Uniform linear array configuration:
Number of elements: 8
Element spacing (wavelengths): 0.5
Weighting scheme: exponential
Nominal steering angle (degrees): -30
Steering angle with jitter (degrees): -29.337
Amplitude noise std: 0.05
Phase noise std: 0.05

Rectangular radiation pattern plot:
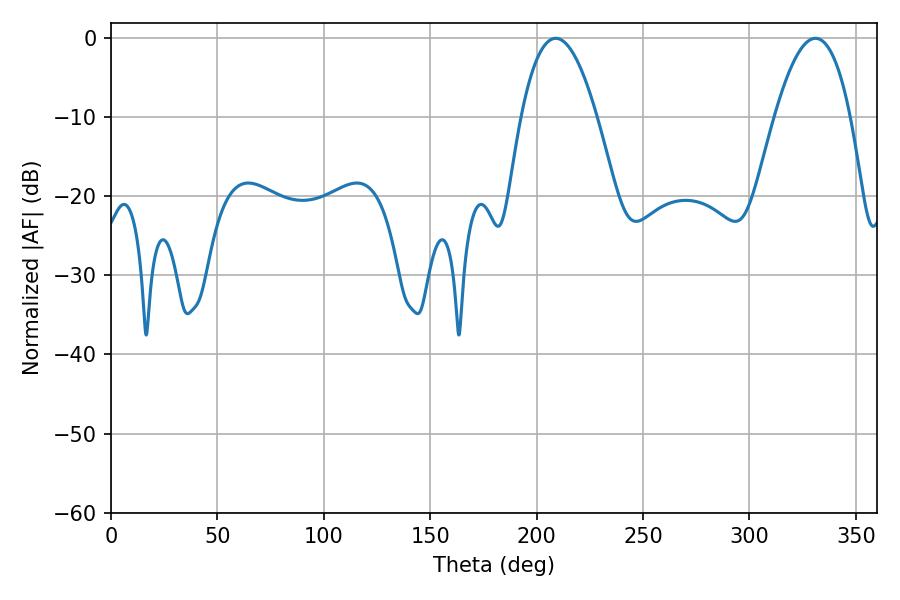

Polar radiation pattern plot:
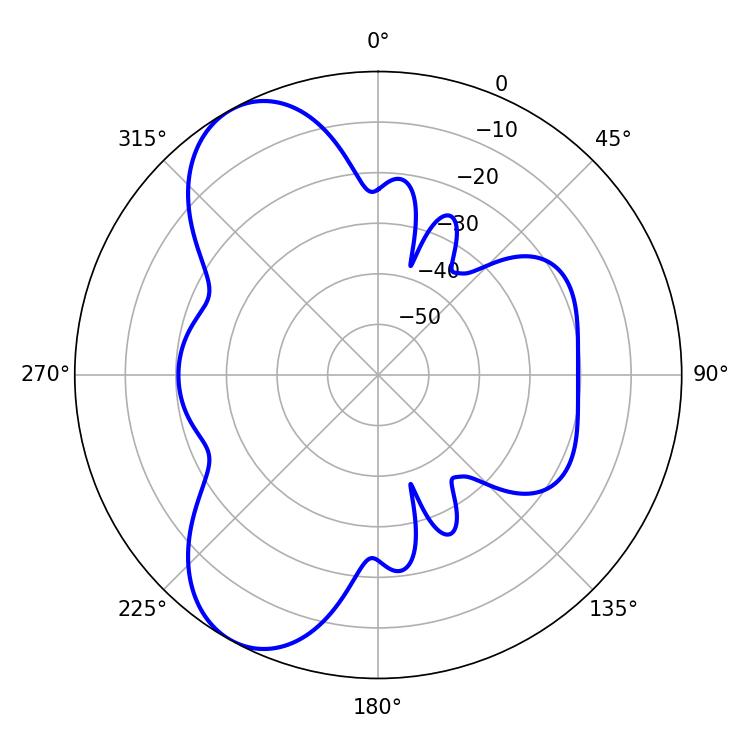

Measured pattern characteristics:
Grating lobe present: FALSE
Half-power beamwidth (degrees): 19.62
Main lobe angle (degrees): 208.98